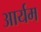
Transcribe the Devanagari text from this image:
आर्यम